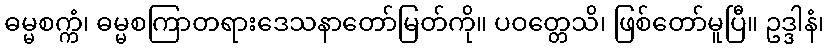
ဓမ္မစက္ကံ၊ ဓမ္မစကြာတရားဒေသနာတော်မြတ်ကို။ ပဝတ္တေသိ၊ ဖြစ်တော်မူပြီ။ ဥဒ္ဒါနံ၊